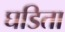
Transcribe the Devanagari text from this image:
घडिता